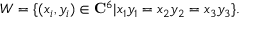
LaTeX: { \cal W } = \{ ( x _ { i } , y _ { i } ) \in { \bf C } ^ { 6 } | x _ { 1 } y _ { 1 } = x _ { 2 } y _ { 2 } = x _ { 3 } y _ { 3 } \} .